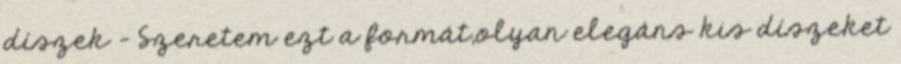
díszek - Szeretem ezt a formát,olyan elegáns kis díszeket